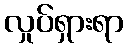
လှုပ်ရှားရာ